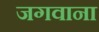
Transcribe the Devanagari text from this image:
जगवाना